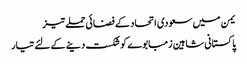
یمن میں سعودی اتحاد کے فضائی حملے تیز
پاکستانی شاہین زمبابوے کوشکست دینے کے لئے تیار